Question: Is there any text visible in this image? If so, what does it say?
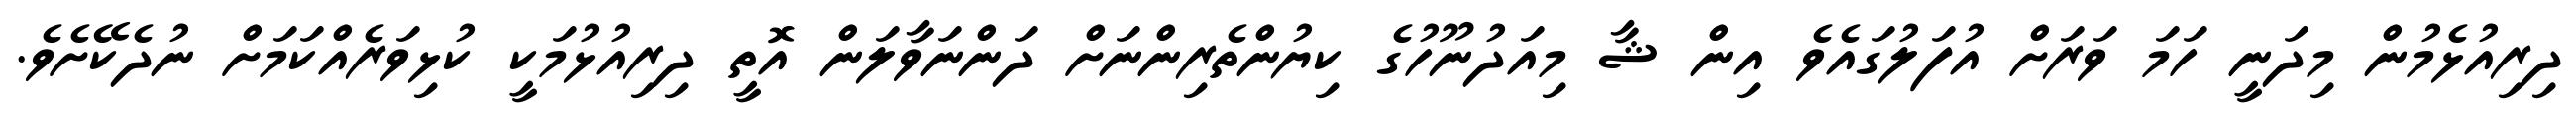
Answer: ދިރިއުޅެމުން މިދަނީ ހަމަ ވަރަށް އުފަލުގައެވެ އިން ޝާ މިއަދުނޫހުގެ ކިޔުންތެރިންނަށް ދަންނަވާލަން އޮތީ ދިރިއުޅުމަކީ ކުޅިވަރެއްކަމަށް ނުދެކޭށެވެ.